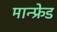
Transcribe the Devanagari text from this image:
मान्फ्रेड